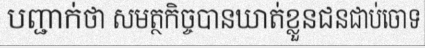
បញ្ជាក់ថា សមត្ថកិច្ចបានឃាត់ខ្លួនជនជាប់ចោទ